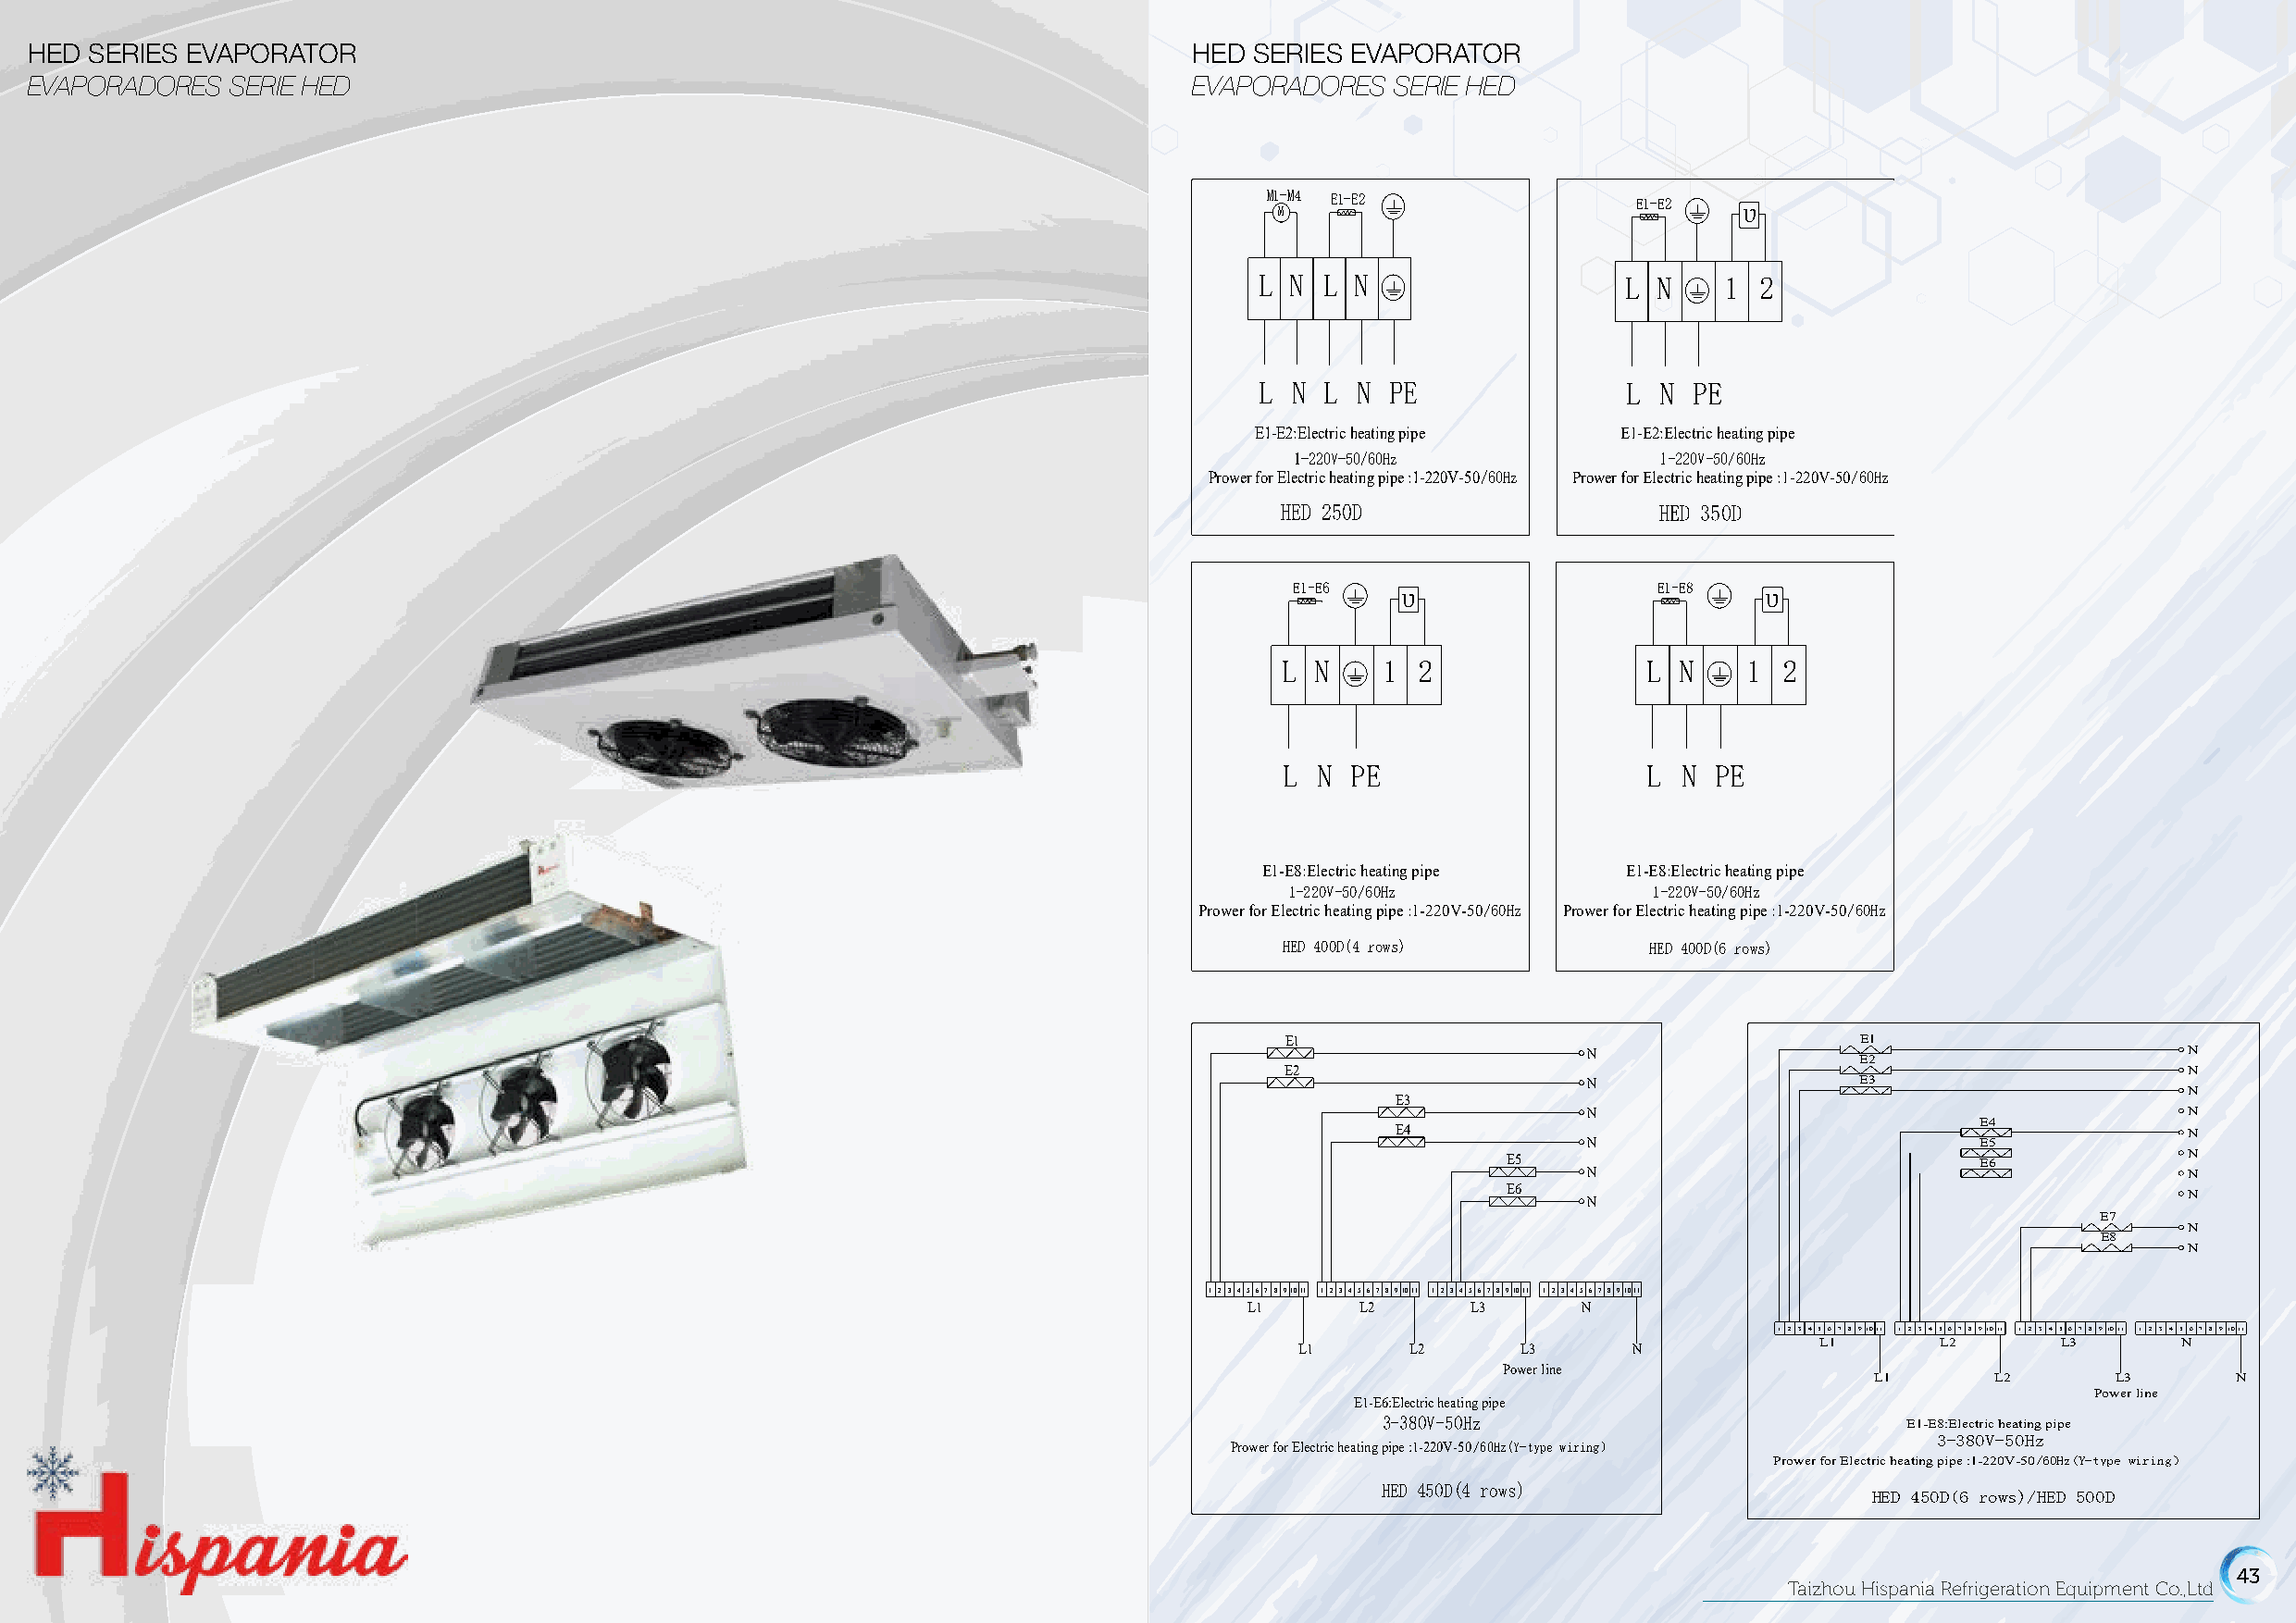
HED SERIES EVAPORATOR                                                              HED  SERIES EVAPORATOR
 EVAPORADORES  SERIE HED                                                            EVAPORADORES   SERIE HED
 M1-M4 E1-E2               E1-E2  υ
 M
 L N  L N                  L  N   1  2
 L N  L N PE               L  N PE
 E1-E2:Electric heating pipe E1-E2:Electric heating pipe
 1-220V-50/60Hz            1-220V-50/60Hz
 Prower for Electric heating pipe :1-220V-50/60Hz Prower for Electric heating pipe :1-220V-50/60Hz
 HED 250D                   HED 350D
 E1-E6   υ                  E1-E8  υ
 L N    1 2                L N    1 2
 L N  PE                   L N  PE
 E1-E8:Electric heating pipe E1-E8:Electric heating pipe
 1-220V-50/60Hz            1-220V-50/60Hz
 Prower for Electric heating pipe :1-220V-50/60Hz Prower for Electric heating pipe :1-220V-50/60Hz
 HED 400D(4 rows)          HED 400D(6 rows)
 E1                                       E1
 N                                         N
 E2
 E2                                                              N
 N                  E3
 N
 E3
 N                                         N
 E4
 E4                                                      N
 N                           E5
 E5                                E6            N
 N                                         N
 E6
 N
 N
 E7
 N
 E8
 N
 1 2 3 4 5 67 8 91011 1 2 3 4 5 6 7 8 91011 1 2 3 4 5 67 8 91011 1 2 3 4 5 67 8 91011
 L1      L2      L3      N
 1 2 3 4 5 6 7 8 91011 1 2 3 4 5 6 7 8 91011 1 2 3 4 5 6 7 8 91011 1 2 3 4 5 6 7 8 91011
 L1      L2      L3      N            L1       L2      L3       N
 Power line
 L1       L2      L3       N
 Power line
 E1-E6:Electric heating pipe
 3-380V-50Hz
 E1-E8:Electric heating pipe
 3-380V-50Hz
 Prower for Electric heating pipe :1-220V-50/60Hz(Y-type wiring）
 Prower for Electric heating pipe :1-220V-50/60Hz(Y-type wiring）
 HED 450D(4 rows)
 HED 450D(6 rows)/HED 500D
 42                                                                                                                                                           43
 Taizhou Hispania Refrigeration Equipment Co.,Ltd                                                                          Taizhou Hispania Refrigeration Equipment Co.,Ltd